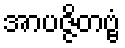
အာပဇ္ဇိတဗ္ဗံ